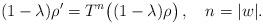
LaTeX: \begin{align*}(1-\lambda)\rho' = T^{n}\big((1-\lambda)\rho\big)\,,\quad n=|w|.\end{align*}